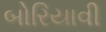
બોરિયાવી